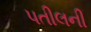
પતીલની